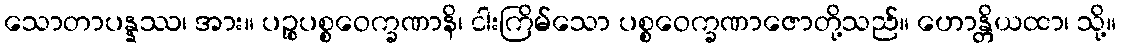
သောတာပန္နဿ၊ အား။ ပဉ္စပစ္စဝေက္ခဏာနိ၊ ငါးကြိမ်သော ပစ္စဝေက္ခဏာဇောတို့သည်။ ဟောန္တိယထာ၊ သို့။